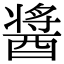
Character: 醤